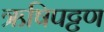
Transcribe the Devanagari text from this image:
ऋषिपट्टण